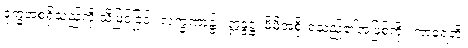
ဒုက္ခအစရှိသည်ကို သိမြင်ခြင်း လက္ခဏာ၌။ ဣန္ဒဋ္ဌံ၊ မိမိအစိုးရသည်၏အဖြစ်ကို။ ကာရေတိ၊